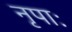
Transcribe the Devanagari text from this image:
नृपाः